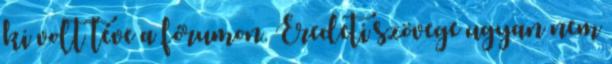
ki volt téve a fórumon. Eredeti szövege ugyan nem